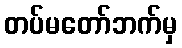
တပ်မတော်ဘက်မှ